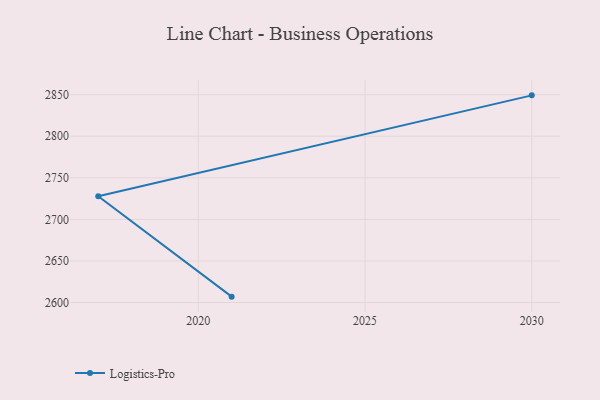
{"axis": {"x": "Year", "y": "Market Share (%)"}, "legend": ["Logistics-Pro"], "data": [{"x": "2021", "y": 2607.1, "type": "Logistics-Pro"}, {"x": "2017", "y": 2727.9, "type": "Logistics-Pro"}, {"x": "2030", "y": 2849.2, "type": "Logistics-Pro"}]}